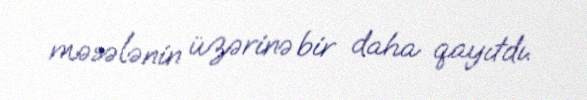
məsələnin üzərinə bir daha qayıtdı.